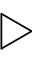
\triangleright